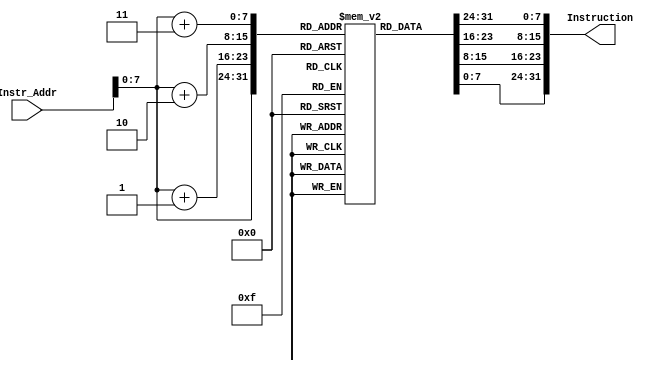
// This program was cloned from: https://github.com/AuraGuardian23/riscv_pipelined_processor
// License: MIT License

`timescale 1ns / 1ps
module Instruction_Memory(
input [63:0] Instr_Addr,
output reg [31:0] Instruction
);

reg [7:0] IM [255:0];
initial 
begin
// addi x10 x0 0x100
//IM[0] <= 8'h13;
//IM[1] <= 8'h05;
//IM[2] <= 8'h00;
//IM[3] <= 8'h10;

// ld x9 0x100(x0)
//IM[0] <= 8'h83;
//IM[1] <= 8'h34;
//IM[2] <= 8'h00;
//IM[3] <= 8'h10;

// add x10 x9 x9
//IM[4] <= 8'h33;
//IM[5] <= 8'h85;
//IM[6] <= 8'h94;
//IM[7] <= 8'h00;

// load hazard + forwarding
// ld x2 0x100(x0)
// IM[0] <= 8'h03;
// IM[1] <= 8'h31;
// IM[2] <= 8'h00;
// IM[3] <= 8'h10;

// addi x2 x0 50
//IM[0] <= 8'h13;
//IM[1] <= 8'h01;
//IM[2] <= 8'h20;
//IM[3] <= 8'h03;

//// add x3 x2 x2
// IM[4] <= 8'hb3;
// IM[5] <= 8'h01;
// IM[6] <= 8'h21;
// IM[7] <= 8'h00;

//// add x4 x3 x2
// IM[8] <= 8'h33;
// IM[9] <= 8'h82;
// IM[10] <= 8'h21;
// IM[11] <= 8'h00;

//// add x4 x2 x2
// IM[12] <= 8'h33;
// IM[13] <= 8'h02;
// IM[14] <= 8'h21;
// IM[15] <= 8'h00;

// control hazard
////beq x0 x0 20
// IM[0] <= 8'h63;	
// IM[1] <= 8'h0a;	
// IM[2] <= 8'h00;	
// IM[3] <= 8'h00;	

////addi x1 x0 2	
// IM[4] <= 8'h93;	
// IM[5] <= 8'h00;	
// IM[6] <= 8'h20;	
// IM[7] <= 8'h00;	

////addi x1 x0 3	
// IM[8] <= 8'h93;	
// IM[9] <= 8'h00;	
// IM[10] <= 8'h30;	
// IM[11] <= 8'h00;	

////addi x1, x0, 4
// IM[12] <= 8'h93;	
// IM[13] <= 8'h00;	
// IM[14] <= 8'h40;	
// IM[15] <= 8'h00;	

////addi x1 x0 5
// IM[16] <= 8'h93;	
// IM[17] <= 8'h00;	
// IM[18] <= 8'h50;	
// IM[19] <= 8'h00;	

////addi x1 x0 6
// IM[20] <= 8'h93;	
// IM[21] <= 8'h00;	
// IM[22] <= 8'h60;	
// IM[23] <= 8'h00;	

// Bubble Sort
IM[0] <= 8'h13; // addi x10, x0, 0
IM[1] <= 8'h05;
IM[2] <= 8'h00;
IM[3] <= 8'h10;
IM[4] <= 8'h93; // addi x11, x0, 4
IM[5] <= 8'h05;
IM[6] <= 8'h40;
IM[7] <= 8'h00;
IM[8] <= 8'h93; // addi x21, x10, 0
IM[9] <= 8'h0a;
IM[10] <= 8'h05;
IM[11] <= 8'h00;
IM[12] <= 8'h13; // addi x22, x11, 0
IM[13] <= 8'h8b;
IM[14] <= 8'h05;
IM[15] <= 8'h00;
IM[16] <= 8'h93; // addi x19, x0, 0
IM[17] <= 8'h09;
IM[18] <= 8'h00;
IM[19] <= 8'h00;
IM[20] <= 8'h63; // blt x19, x22, 8 (continue)
IM[21] <= 8'hc4;
IM[22] <= 8'h69;
IM[23] <= 8'h01;
IM[24] <= 8'h63; // beq x0, x0, 56 (finish) 
IM[25] <= 8'h0c;
IM[26] <= 8'h00;
IM[27] <= 8'h02;
IM[28] <= 8'h13; // addi x20, x19, -1 # continue
IM[29] <= 8'h8a;
IM[30] <= 8'hf9;
IM[31] <= 8'hff;
IM[32] <= 8'h63; // blt x20, x0, 40 (exit2)
IM[33] <= 8'h44;
IM[34] <= 8'h0a;
IM[35] <= 8'h02;
IM[36] <= 8'h93; // slli
IM[37] <= 8'h12;
IM[38] <= 8'h3a;
IM[39] <= 8'h00;
IM[40] <= 8'hb3;  
IM[41] <= 8'h82;
IM[42] <= 8'h5a;
IM[43] <= 8'h00;
IM[44] <= 8'h03; // ld x6, 0(x5)
IM[45] <= 8'hb3;
IM[46] <= 8'h02;
IM[47] <= 8'h00;
IM[48] <= 8'h83; // ld x7, 8(x5)
IM[49] <= 8'hb3;
IM[50] <= 8'h82;
IM[51] <= 8'h00;
IM[52] <= 8'h63; // blt x6, x7, exit2
IM[53] <= 8'h4a;
IM[54] <= 8'h73;
IM[55] <= 8'h00;
IM[56] <= 8'h23; // sd x7, 0(x5)  
IM[57] <= 8'hb0;
IM[58] <= 8'h72;
IM[59] <= 8'h00;
IM[60] <= 8'h23; // sd x6, 8(x5)
IM[61] <= 8'hb4;
IM[62] <= 8'h62;
IM[63] <= 8'h00;
IM[64] <= 8'h13; // addi x20, x20, -1
IM[65] <= 8'h0a;
IM[66] <= 8'hfa;
IM[67] <= 8'hff;
IM[68] <= 8'he3; // beq x0, x0, for2
IM[69] <= 8'h0e;
IM[70] <= 8'h00;
IM[71] <= 8'hfc;
IM[72] <= 8'h93; // addi x19, x19, 1
IM[73] <= 8'h89;
IM[74] <= 8'h19;
IM[75] <= 8'h00;
IM[76] <= 8'he3; // beq x0, x0, For1
IM[77] <= 8'h04;
IM[78] <= 8'h00;
IM[79] <= 8'hfc;

end
always @(*)
begin 
    Instruction <= {IM[Instr_Addr+3],IM[Instr_Addr+2],IM[Instr_Addr+1],IM[Instr_Addr]};
end 

endmodule